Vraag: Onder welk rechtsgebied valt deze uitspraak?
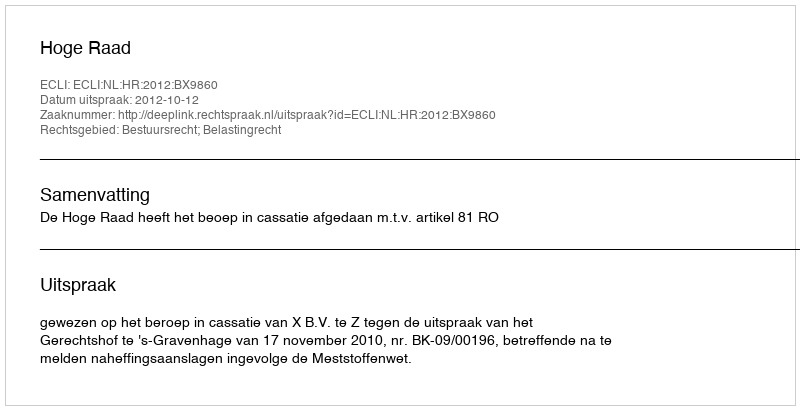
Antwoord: Bestuursrecht; Belastingrecht